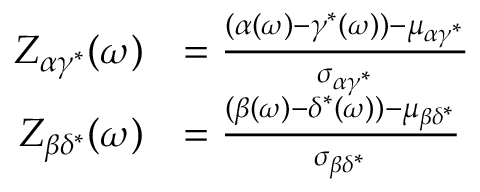
\begin{array} { r l } { Z _ { \alpha \gamma ^ { * } } ( \omega ) } & { = \frac { ( \alpha ( \omega ) - \gamma ^ { * } ( \omega ) ) - \mu _ { \alpha \gamma ^ { * } } } { \sigma _ { \alpha \gamma ^ { * } } } } \\ { Z _ { \beta \delta ^ { * } } ( \omega ) } & { = \frac { ( \beta ( \omega ) - \delta ^ { * } ( \omega ) ) - \mu _ { \beta \delta ^ { * } } } { \sigma _ { \beta \delta ^ { * } } } } \end{array}